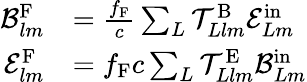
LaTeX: \begin{array}{rl}{\mathcal{B}_{lm}^{\mathrm{F}}}&{=\frac{f_{\mathrm{F}}}{c}\sum_{L}\mathcal{T}_{Llm}^{\mathrm{B}}\mathcal{E}_{Lm}^{\mathrm{in}}}\\ {\mathcal{E}_{lm}^{\mathrm{F}}}&{=f_{\mathrm{F}}c\sum_{L}\mathcal{T}_{Llm}^{\mathrm{E}}\mathcal{B}_{Lm}^{\mathrm{in}}}\end{array}